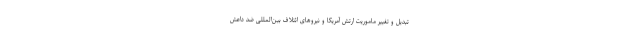
تبدیل و تغییر ماموریت ارتش آمریکا و نیروهای ائتلاف بین‌المللی ضد داعش